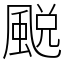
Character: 䬈